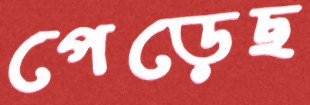
পেড়েছ